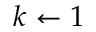
k \leftarrow 1